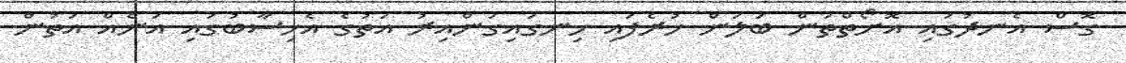
ގޮސް އެނދުގައި އޮށޯތްތަން ބަލަން ހުރެފައި ހިނގައިގަންއިރު އަތުގެ އެހިސާބުގައި އަނެއް އަތުން